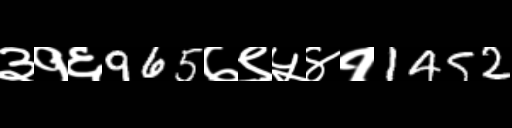
Text: ३१६965७९५४१1452